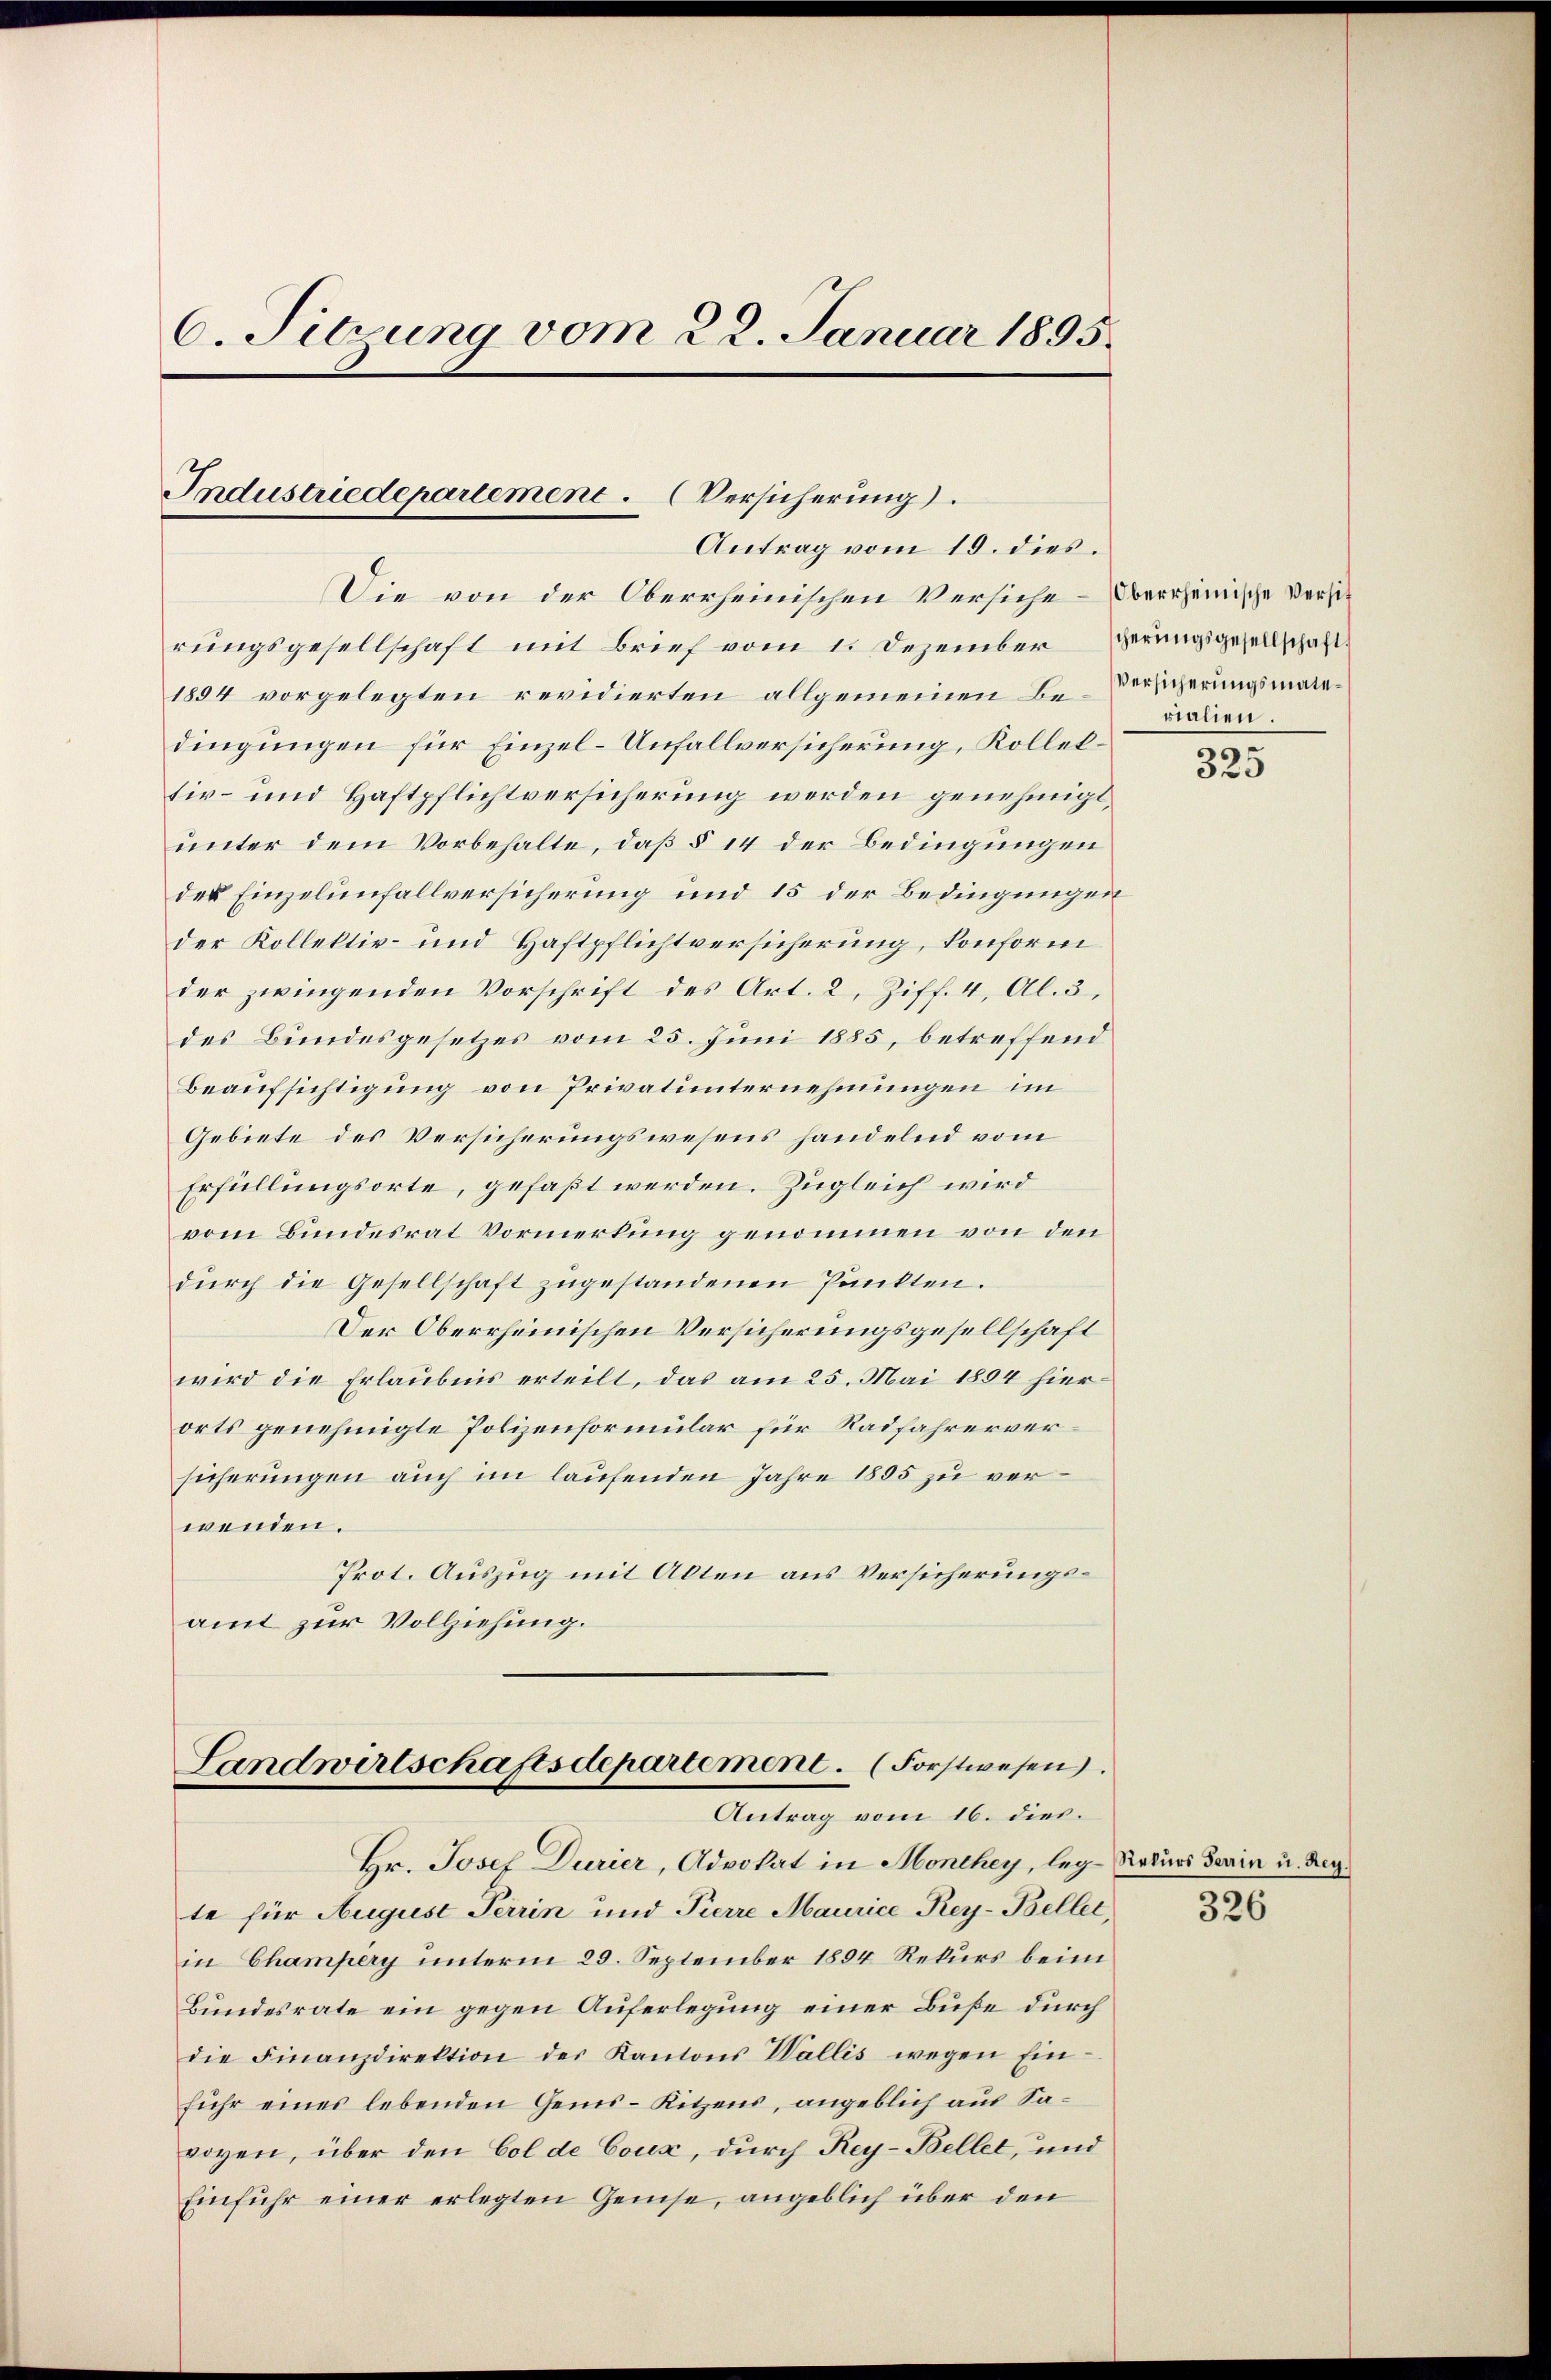
6. Sitzung vom 22. Januar 1895.

Industriedepartement. Versicherung.
Antrag vom 19. dies.

Die von der Oberrheinischen Versiche Oberrheinische Versit
rungsgesellschaft mit Brief vom 1. Dezember Herungsgesellschaft
1894 vorgelegten revidierten allgemeinen Bedingungen für Einzel-Unfallversicherung, Kolleltiv- und Haftpflichtversicherung werden genehmigt,
unter dem Vorbehalte, daß § 14 der Bedingungen
des Einzelunfallversicherung und 15 der Bedingungen
der Kollektiv- und Haftpflichtversicherung, konform
der zwingenden Vorschrift des Art. 2, Ziff. 4, Al. 3,
des Bundesgesetzes vom 25. Juni 1885, betreffend
Beaufsichtigung von Privatunternehmungen im
Gebiete des Versicherungswesens handelnd vom
Erfüllungsorte, gefaßt werden. Zugleich wird
vom Bundesrat Vormerkung genommen von den
durch die Gesellschaft zugestandenen Punkten.
Der Oberrheinischen Versicherungsgesellschaft
wird die Erlaubnis erteilt, das am 25. Mai 1894 hierorts genehmigte Polizenformular für Radfahrerversicherungen auch im laufenden Jahre 1895 zu verwenden.
Prot. Auszug mit Alten aus Versicherungsamt zur Vollziehung.

Landwirtschaftsdepartement. (Forstwesen.
Antrag vom 16. dies.

Hr. Josef Durier, Advokat in Monthey, leg- Rekurs darin u. Regte für August Terrin und Pierre Maurice, Rey-Bellet,
in Champery unterm 29. September 1894 Rekurs beim
Bundesrate ein gegen Auferlegung einer Buße durch
die Finanzdirektion der Kantons Wallis wegen Ein-
fuhr eines lebenden Gens- Kitzens, angeblich aus Savoyen, über den Col de Coux, durch Rey-Bellet, und
Einfuhr einer erlegten Gemise, angeblich über den

Versicherungsmaterialien.

325

326